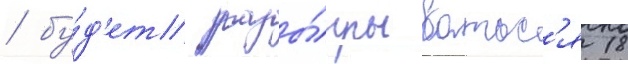
/ бу́д'ет разы́грыватьс'я 18